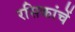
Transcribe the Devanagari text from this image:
रसिकांचें